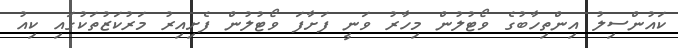
ކައުންސިލު އިންތިހާބުގެ ވޯޓުލުން މިހާރު ވަނީ ފަށާފަ ވޯޓުލުން ފެށިއިރު މަރުކަޒުތަކުގައި ކިއު